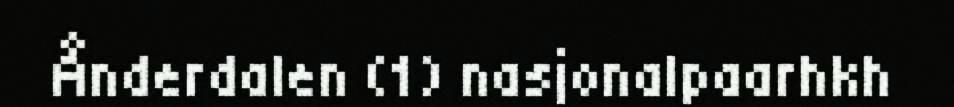
Ånderdalen (1) nasjonalpaarhkh